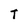
Character: T